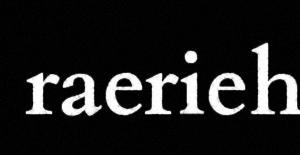
raerieh